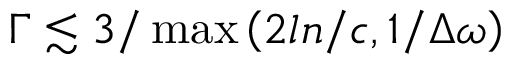
\Gamma \lesssim 3 / \operatorname* { m a x } \left( 2 l n / c , 1 / \Delta \omega \right)